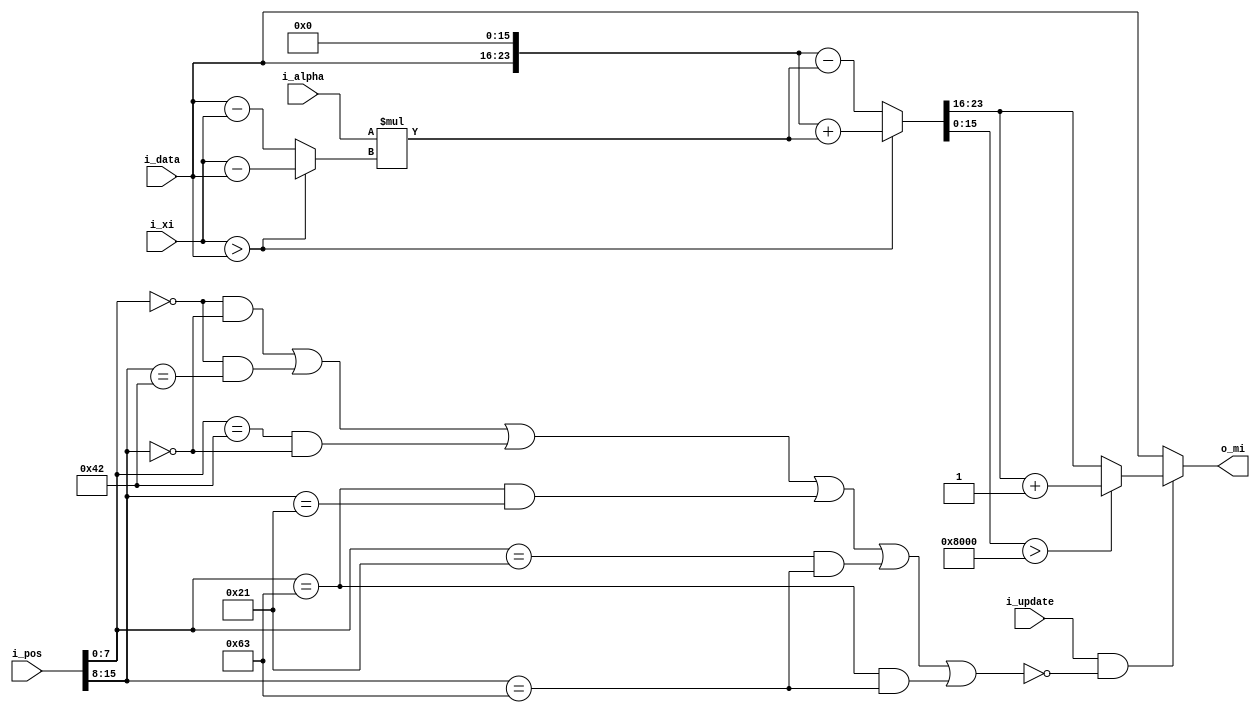
module wadapt(
	i_data,
	i_xi,
	i_alpha,
	i_update,
	o_mi,
	i_pos
);
//in out

input[7:0] i_data;
input[7:0] i_xi;
input[15:0] i_alpha;

input i_update;

output[7:0] o_mi;

input[15:0] i_pos;
//reg
//lvalue
reg[7:0] sub,x,y;
reg[23:0] mul;
reg[23:0] mi;
reg[7:0] mio;

reg anker;
//comb
assign o_mi = (i_update && ~anker ) ? mio : i_data;

always@(*) begin
	x = i_pos[7:0];
	y = i_pos[15:8];
	//add or remove ankers
	anker = (x == 0 && y == 0)||(x == 0 && y == 66)||(x == 66 && y == 0)||(x == 99 && y == 33)||(x == 33 && y == 99)||(x == 99 && y == 99);
	sub = i_xi > i_data ? i_xi - i_data : i_data - i_xi;
	mul = i_alpha * sub;
	mi = i_xi > i_data ? {i_data,16'd0} + mul : {i_data,16'd0} - mul;
	mio = mi[15:0] > 16'h8000 ? mi[23:16] + 1 : mi[23:16];
end
//seq

endmodule